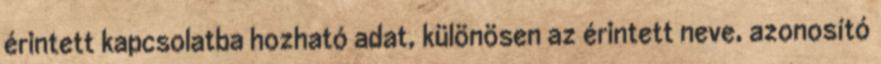
érintett kapcsolatba hozható adat, különösen az érintett neve, azonosító